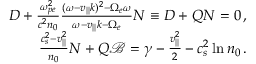
\begin{array} { r } { D + \frac { \omega _ { p e } ^ { 2 } } { c ^ { 2 } n _ { 0 } } \frac { ( \omega - v _ { | | } k ) ^ { 2 } - \Omega _ { e } \omega } { \omega - v _ { | | } k - \Omega _ { e } } N \equiv D + Q N = 0 \, , } \\ { \frac { c _ { s } ^ { 2 } - v _ { | | } ^ { 2 } } { n _ { 0 } } N + Q \mathscr { B } = \gamma - \frac { v _ { | | } ^ { 2 } } { 2 } - c _ { s } ^ { 2 } \ln n _ { 0 } \, . } \end{array}